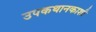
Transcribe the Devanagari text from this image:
उपकथानकाशी